Report of the Indian Hemp Drugs Commission, 1894-1895 - Volume V
Year: 1894
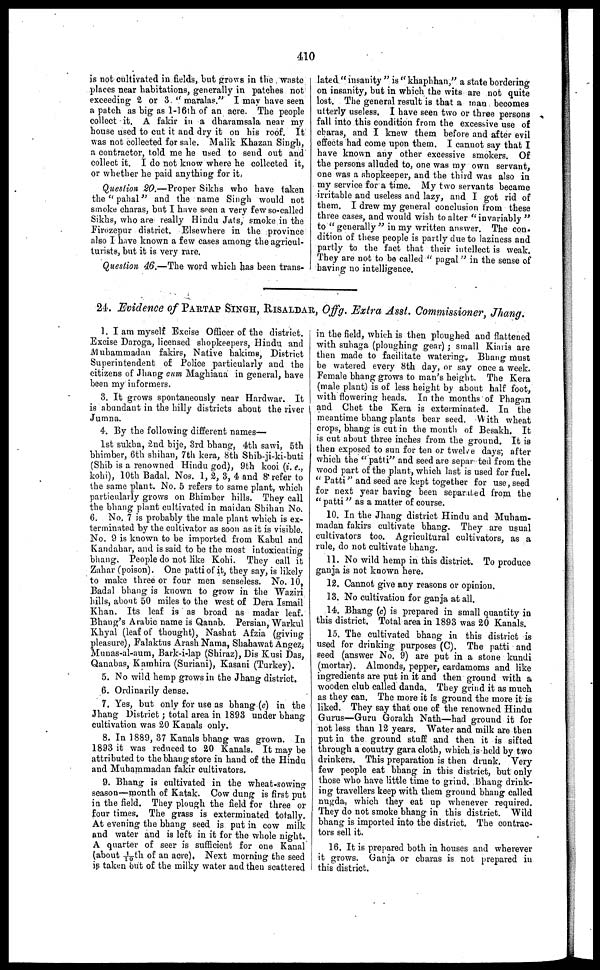
410
is not cultivated in fields, but grows in the waste
places near habitations, generally in patches not
exceeding 2 or 3. "maralas." I may have seen
a patch as big as 1-16th of an acre. The people
collect it. A fakir in a dharamsala near my
house used to cut it and dry it on his roof. It
was not collected for sale. Malik Khazan Singh,
a contractor, told me he used to send out and
collect it. I do not know where he collected it,
or whether he paid anything for it,
Question 20.—Proper Sikhs who have taken
the "pahal" and the name Singh would not
smoke charas, but I have seen a very few so-called
Sikhs, who are really Hindu Jats, smoke in the
Firozepur district. Elsewhere in the province
also I have known a few cases among the agricul-
turists, but it is very rare.
Question 46.—The word which has been trans-
lated "insanity" is "khaphhan," a state bordering
on insanity, but in which the wits are not quite
lost. The general result is that a man becomes
utterly useless. I have seen two or three persona
fall into this condition from the excessive use of
charas, and I knew them before and after evil
effects had come upon them. I cannot say that I
have known any other excessive smokers. Of
the persons alluded to, one was my own servant,
one was a shopkeeper, and the third was also in
my service for a time. My two servants became
irritable and useless and lazy, and I got rid of
them. I drew my general conclusion from these
three cases, and would wish to alter "invariably"
to "generally" in my written answer. The con-
dition of these people is partly due to laziness and
partly to the fact that their intellect is weak.
They are not to be called "pagal" in the sense of
having no intelligence.
24. Evidence of PARTAP SINGH, RISALDAR, Offg. Extra Asst. Commissioner, Jhang.
1. I am myself Excise Officer of the district.
Excise Daroga, licensed shopkeepers, Hindu and
Muhammadan fakirs, Native hakime, District
Superintendent of Police particularly and the
citizens of Jhang cum Maghiana in general, have
been my informers.
3. It grows spontaneously near Hardwar. It
is abundant in the hilly districts about the river
Jumna.
4. By the following different names—
1st sukha, 2nd bije, 3rd bhang, 4th sawi, 5th
bhimber, 6th shihan, 7th kera, 8th Shib-ji-ki-buti
(Shib is a renowned Hindu god), 9th kooi (i. e.,
kohi), 10th Badal. Nos. 1, 2, 3, 4 and 8 refer to
the same plant. No. 5 refers to same plant, which
particularly grows on Bhimber hills. They call
the bhang plant cultivated in maidan Shihan No,
6. No, 7 is probably the male plant which is ex-
terminated by the cultivator as soon as it is visible.
No. 9 is known to be imported from Kabul and
Kandahar, and is said to be the most intoxicating
bhang. People do not like Kohi. They call it
Zahar (poison). One patti of it, they say, is likely
to make three or four men senseless. No. 10,
Badal bhang is known to grow in the Waziri
hills, about 50 miles to the west of Dera Ismail
Khan. Its leaf is as broad as madar leaf.
Bhang's Arabic name is Qanab. Persian, Warkul
Khyal (leaf of thought), Nashat Afzia (giving
pleasure), Falaktus Arash Nama, Shahawat Angez,
Munas-al-aum, Bark-i-lap (Shiraz), Dis Kusi Das,
Qanabas, Kamhira (Suriani), Kasani (Turkey).
5. No wild hemp grows in the Jhang district.
6. Ordinarily dense.
7. Yes, but only for use as bhang (c) in the
Jhang District; total area in 1898 under bhang
cultivation was 20 Kanals only.
8. In 1889, 37 Kanals bhang was grown. In
1893 it was reduced to 20 Kanals. It may be
attributed to the bhang store in hand of the Hindu
and Muhammadan fakir cultivators.
9. Bhang is cultivated in the wheat-sowing
season—month of Katak. Cow dung is first put
in the field. They plough the field for three or
four times. The grass is exterminated totally.
At evening the bhang seed is put in cow milk
and water and is left in it for the whole night.
A quarter of seer is sufficient for one Kanal
(about 1/10th of an acre). Next morning the seed
is taken but of the milky water and then scattered
in the field, which is then ploughed and flattened
with suhaga (ploughing gear); small Kiaris are
then made to facilitate watering. Bhang must
be watered every 8th day, or say once a week.
Female bhang grows to man's height. The Kera
(male plant) is of less height by about half foot,
with flowering heads. In the months of Phagan
and Chet the Kera is exterminated. In the
meantime bhang plants bear seed. With wheat
crops, bhang is cut in the month of Besakh. It
is cut about three inches from the ground. It is
then exposed to sun for ten or twelve days; after
which the "patti" and seed are separ ted from the
wood part of the plant, which last is used for fuel.
"Patti" and seed are kept together for use, seed
for next year having been separated from the
"patti"
as a matter of course.
10. In the Jhang district Hindu and Muham-
madan fakirs cultivate bhang. They are usual
cultivators too. Agricultural cultivators, as a
rule, do not cultivate bhang.
11. No wild hemp in this district. To produce
ganja is not known here.
12. Cannot give any reasons or opinion.
13. No cultivation for ganja at all.
14. Bhang (c) is prepared in small quantity in
this district. Total area in 1893 was 20 Kanals.
15. The cultivated bhang in this district is
used for drinking purposes (C). The patti and
seed (answer No. 9) are put in a stone kundi
(mortar). Almonds, pepper, cardamoms and like
ingredients are put in it and then ground with a
wooden club called danda. They grind it as much
as they can. The more it is ground the more it is
liked. They say that one of the renowned Hindu
Gurus—Guru Gorakh Nath—had ground it for
not less than 12 years. Water and milk are then
put in the ground stuff and then it is sifted
through a country gara cloth, which is held by two
drinkers. This preparation is then drunk. Very
few people eat bhang in this district, but only
those who have little time to grind. Bhang drink-
ing travellers keep with them ground bhang called
nugda, which they eat up whenever required.
They do not smoke bhang in this district. Wild
bhang is imported into the district. The contrac-
tors sell it.
16. It is prepared both in houses and wherever
it grows. Ganja or charas is not prepared in
this district.